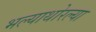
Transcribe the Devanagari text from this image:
भल्याथोरल्या